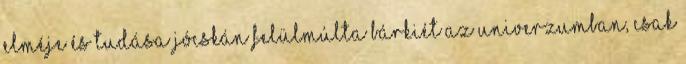
elméje és tudása jócskán felülmúlta bárkiét az univerzumban, csak